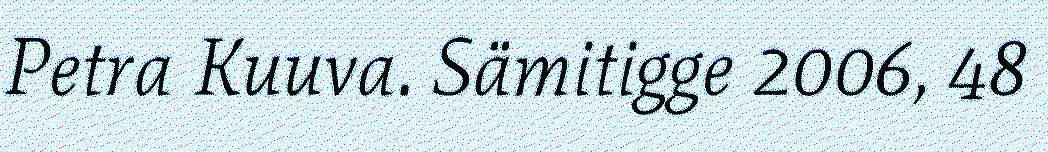
Petra Kuuva. Sämitigge 2006, 48